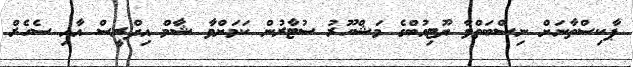
ޕާކިސްތާނަށް ނިސްބަތްވާ ޔޫޓިއުބްގެ މަޝްހޫރު ސުޓާރުން ކަމަށްވާ ޝާމް އިދްރީސް އާއި ސެހެރް